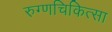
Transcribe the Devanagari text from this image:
रुग्णचिकित्सा